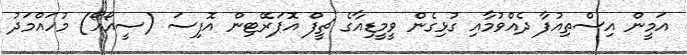
އަމީން އިސްތިއުފާ ދެއްވުމާއި ގުޅިގެން ވީމީޑިއާގެ ޗީފް އޮޕަރޭޓިން އޮފިސަ (ސީއޯއޯ) މުހައްމަދު